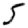
Digit: 5